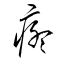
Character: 疼